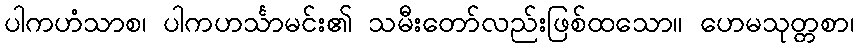
ပါကဟံသာစ၊ ပါကဟင်္သာမင်း၏ သမီးတော်လည်းဖြစ်ထသော။ ဟေမသုတ္တစာ၊